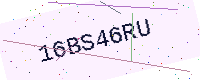
Text: 16BS46RU